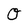
Character: O